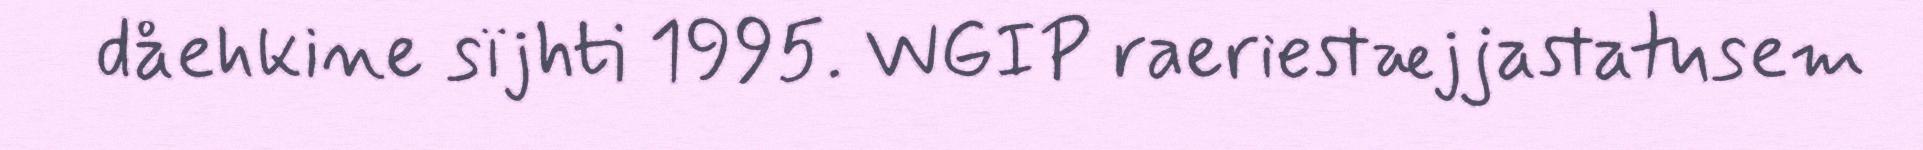
dåehkine sïjhti 1995. WGIP raeriestæjjastatusem